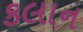
કલાન